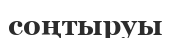
соңтыруы